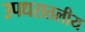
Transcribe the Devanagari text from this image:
उपधरातलीय